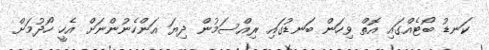
ކަނޑު ބޯޓެއްގައި އޮތް ވިހަން ބަނޑުގައި ރިއްސަމުން ދިޔަ އަންހެނުންނަށް އެހީ ހޯދުމަށް